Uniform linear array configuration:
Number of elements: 64
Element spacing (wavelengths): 0.25
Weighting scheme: binomial
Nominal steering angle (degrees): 45
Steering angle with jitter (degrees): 46.015
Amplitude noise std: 0.05
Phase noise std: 0.05

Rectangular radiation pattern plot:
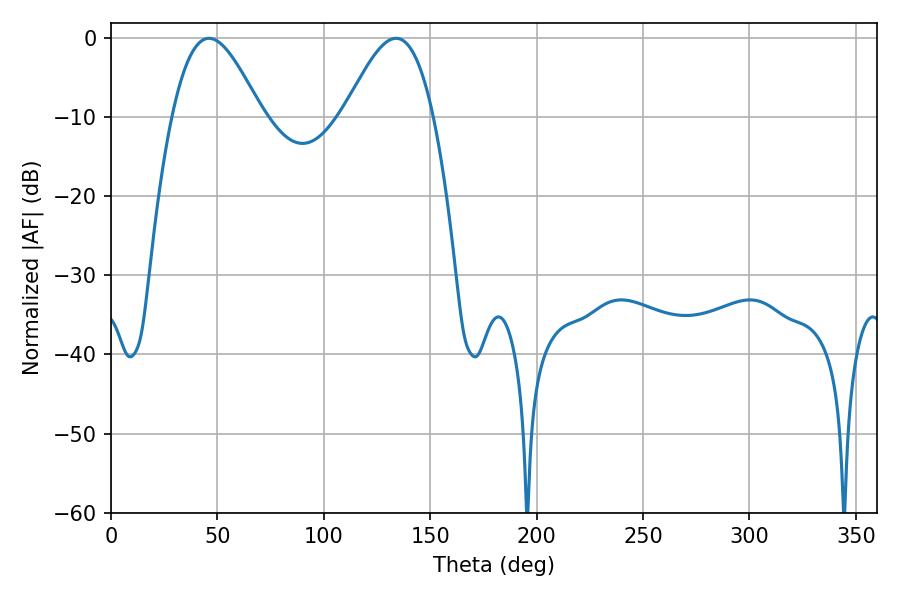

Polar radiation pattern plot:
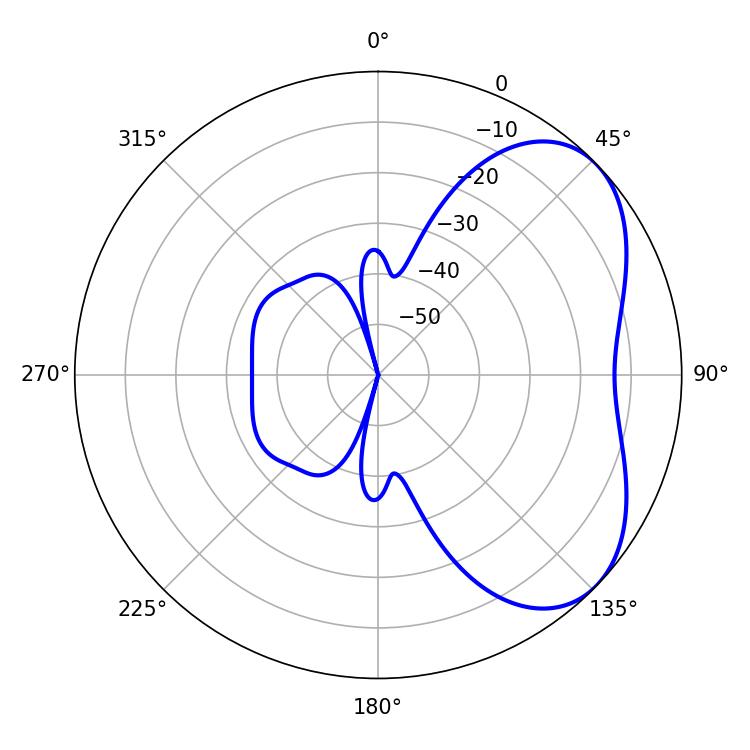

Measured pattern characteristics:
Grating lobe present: FALSE
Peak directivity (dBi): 4.799
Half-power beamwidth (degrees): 22.5
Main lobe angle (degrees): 46.08